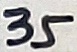
Text: 35